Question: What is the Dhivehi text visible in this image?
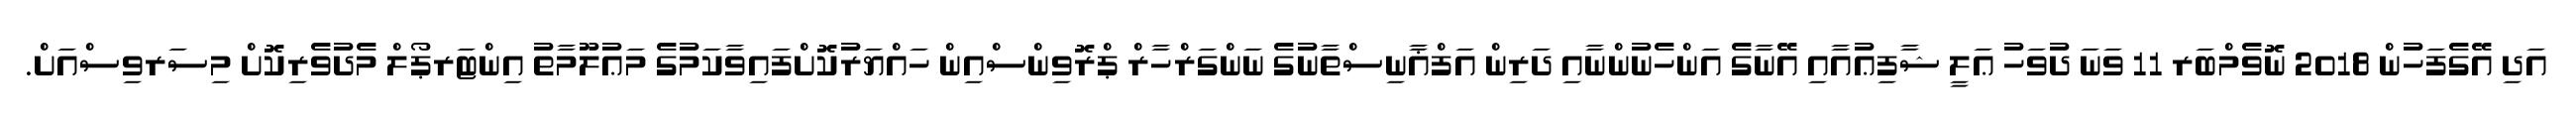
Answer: އަދި އޭގެފަހުން 2018 ނޮވެމްބަރ 11 ވަނަ ދުވަހު ޢަލީ ޝާފިޢުއާއި އޭނާގެ އަންހެނުންނާއި ދަރިން އަފްޣާނިސްތާނުގެ ނަންގަރްހާރް ޕްރޮވިންސްއިން ހައްޔަރުކޮށްފައިވާކަމުގެ މަޢުލޫމާތު އިންޓަރޕޯލް މެދުވެރިކޮށް މިސަރވިސްއަށް.